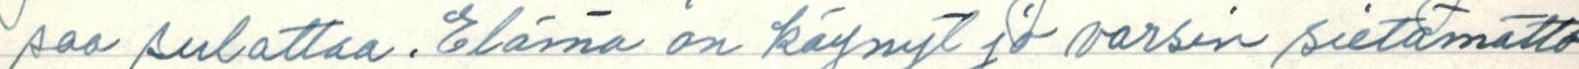
saa sulattaa. Elämä on käynyt jo varsin sietämättö